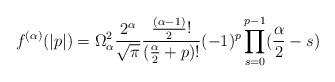
LaTeX: \begin{align*}f^{(\alpha)}(|p|) = \Omega_{\alpha}^2\frac{2^{\alpha}}{\sqrt{\pi}}\frac{\frac{(\alpha-1)}{2}!}{(\frac{\alpha}{2}+p)!}(-1)^p\prod_{s=0}^{p-1}(\frac{\alpha}{2}-s)\end{align*}